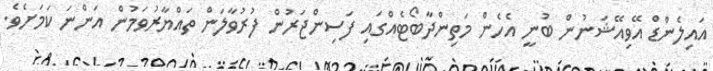
އައިލެންޑް އޭވިއޭޝަނުން ބުނީ އެހެން މަތިންދާބޯޓެއްގައި ފަސިންޖަރުން ފުރުވާލަން ތައްޔާރުވަމުން އަންނަ ކަމަށެވެ.